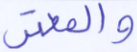
والمعتر